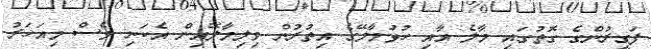
ފަގީރުންގެ ގޮތުގައި މާލެ އާއި ހުޅުމާލޭގެ އިތުރުން ވިލިމާލޭއިން އެކަނި ވެސް މިއަހަރު